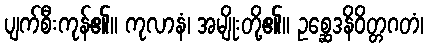
ပျက်စီးကုန်၏။ ကုလာနံ၊ အမျိုးတို့၏။ ဥစ္ဆေဒနိဝိတ္တဂတံ၊